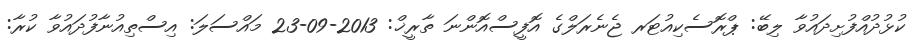
ކުޅުދުއްފުށިދައުވާ ލިބޭ: ޕްރޮސެކިއުޓަރ ޖެނެރަލްގެ އޮފީސްއޮންނަ ތާރީޚް: 2013-09-23 މައްސަލަ: އިސްތިއުނާފުދައުވާ ކުރާ: